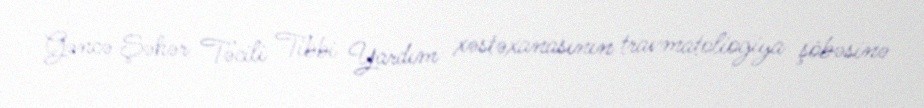
Gəncə Şəhər Təcili Tibbi Yardım xəstəxanasının travmatoliogiya şöbəsinə